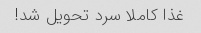
غذا کاملا سرد تحویل شد!